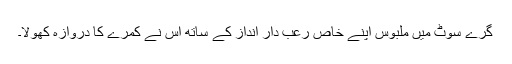
گرے سوٹ میں ملبوس اپنے خاص رعب دار انداز کے ساتھ اس نے کمرے کا دروازہ کھولا۔